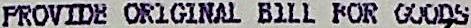
PROVIDE ORIGINAL BILL FOR GOODS